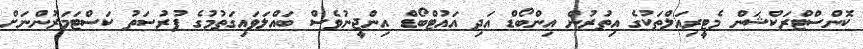
ކޮންސްޓްރަކްޝަން މެޓީރިއަލްތަކުގެ އިތުރުން އިންބޯޑް އަދި އައުޓްބޯޑް އިންޖީނުވެސް ބައްލަވައިގަތުމުގެ ފުރުސަތު ކަސްޓަމަރުންނަށް